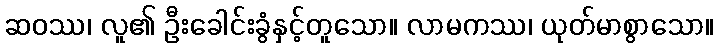
ဆဝဿ၊ လူ၏ ဦးခေါင်းခွံနှင့်တူသော။ လာမကဿ၊ ယုတ်မာစွာသော။